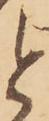
と